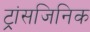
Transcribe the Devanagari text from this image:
ट्रांसजिनिक